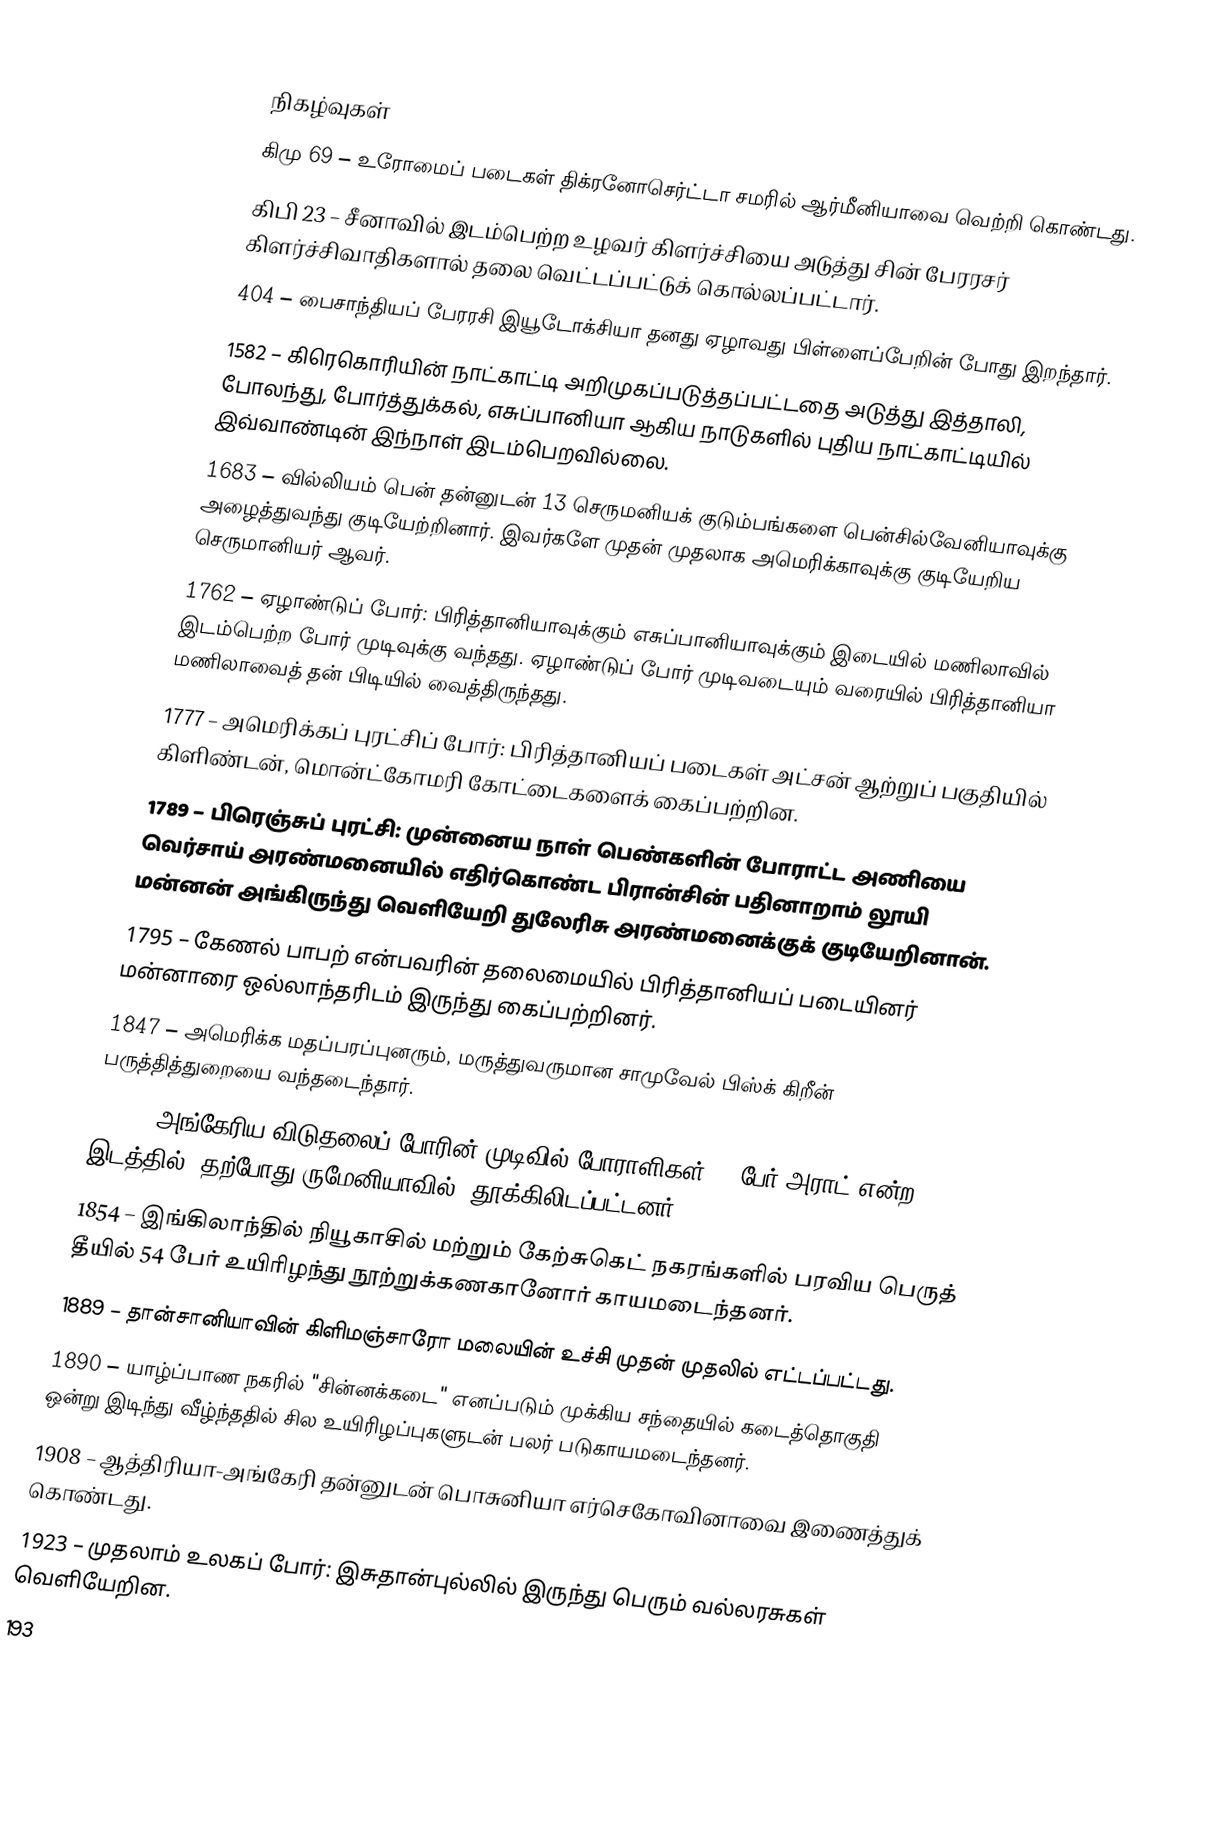

நிகழ்வுகள்
கிமு 69 – உரோமைப் படைகள் திக்ரனோசெர்ட்டா சமரில் ஆர்மீனியாவை வெற்றி கொண்டது.
கிபி 23 – சீனாவில் இடம்பெற்ற உழவர் கிளர்ச்சியை அடுத்து சின் பேரரசர் கிளர்ச்சிவாதிகளால் தலை வெட்டப்பட்டுக் கொல்லப்பட்டார்.
404 – பைசாந்தியப் பேரரசி இயூடோக்சியா தனது ஏழாவது பிள்ளைப்பேறின் போது இறந்தார்.
1582 – கிரெகொரியின் நாட்காட்டி அறிமுகப்படுத்தப்பட்டதை அடுத்து இத்தாலி, போலந்து, போர்த்துக்கல், எசுப்பானியா ஆகிய நாடுகளில் புதிய நாட்காட்டியில் இவ்வாண்டின் இந்நாள் இடம்பெறவில்லை.
1683 – வில்லியம் பென் தன்னுடன் 13 செருமனியக் குடும்பங்களை பென்சில்வேனியாவுக்கு அழைத்துவந்து குடியேற்றினார். இவர்களே முதன் முதலாக அமெரிக்காவுக்கு குடியேறிய செருமானியர் ஆவர்.
1762 – ஏழாண்டுப் போர்: பிரித்தானியாவுக்கும் எசுப்பானியாவுக்கும் இடையில் மணிலாவில் இடம்பெற்ற போர் முடிவுக்கு வந்தது. ஏழாண்டுப் போர் முடிவடையும் வரையில் பிரித்தானியா மணிலாவைத் தன் பிடியில் வைத்திருந்தது.
1777 – அமெரிக்கப் புரட்சிப் போர்: பிரித்தானியப் படைகள் அட்சன் ஆற்றுப் பகுதியில் கிளிண்டன், மொன்ட்கோமரி கோட்டைகளைக் கைப்பற்றின.
1789 – பிரெஞ்சுப் புரட்சி: முன்னைய நாள் பெண்களின் போராட்ட அணியை வெர்சாய் அரண்மனையில் எதிர்கொண்ட பிரான்சின் பதினாறாம் லூயி மன்னன் அங்கிருந்து வெளியேறி துலேரிசு அரண்மனைக்குக் குடியேறினான்.
1795 – கேணல் பாபற் என்பவரின் தலைமையில் பிரித்தானியப் படையினர் மன்னாரை ஒல்லாந்தரிடம் இருந்து கைப்பற்றினர்.
1847 – அமெரிக்க மதப்பரப்புனரும், மருத்துவருமான சாமுவேல் பிஸ்க் கிறீன் பருத்தித்துறையை வந்தடைந்தார்.
1849 – அங்கேரிய விடுதலைப் போரின் முடிவில் போராளிகள் 13 பேர் அராட் என்ற இடத்தில் (தற்போது ருமேனியாவில்) தூக்கிலிடப்பட்டனர்.
1854 – இங்கிலாந்தில் நியூகாசில் மற்றும் கேற்சுகெட் நகரங்களில் பரவிய பெருத் தீயில் 54 பேர் உயிரிழந்து நூற்றுக்கணகானோர் காயமடைந்தனர்.
1889 – தான்சானியாவின் கிளிமஞ்சாரோ மலையின் உச்சி முதன் முதலில் எட்டப்பட்டது.
1890 – யாழ்ப்பாண நகரில் "சின்னக்கடை" எனப்படும் முக்கிய சந்தையில் கடைத்தொகுதி ஒன்று இடிந்து வீழ்ந்ததில் சில உயிரிழப்புகளுடன் பலர் படுகாயமடைந்தனர்.
1908 – ஆத்திரியா-அங்கேரி தன்னுடன் பொசுனியா எர்செகோவினாவை இணைத்துக் கொண்டது.
1923 – முதலாம் உலகப் போர்: இசுதான்புல்லில் இருந்து பெரும் வல்லரசுகள் வெளியேறின.
193